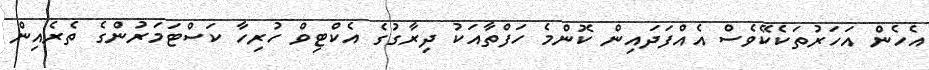
އެހެން އަހަރުތަކެކޭވެސް އެއްފަދައިން ކޮންމެ ހަފްތާއަކު ދިރާގުގެ އެކްޓިވް ހުރިހާ ކަސްޓަމަރުންގެ ތެރެއިން